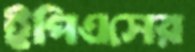
ইপিএসের